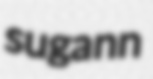
sugann